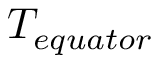
T _ { e q u a t o r }